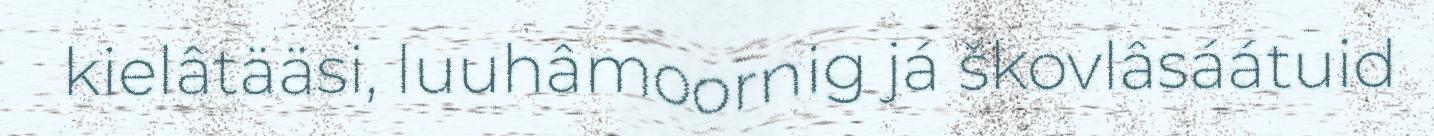
kielâtääsi, luuhâmoornig já škovlâsáátuid